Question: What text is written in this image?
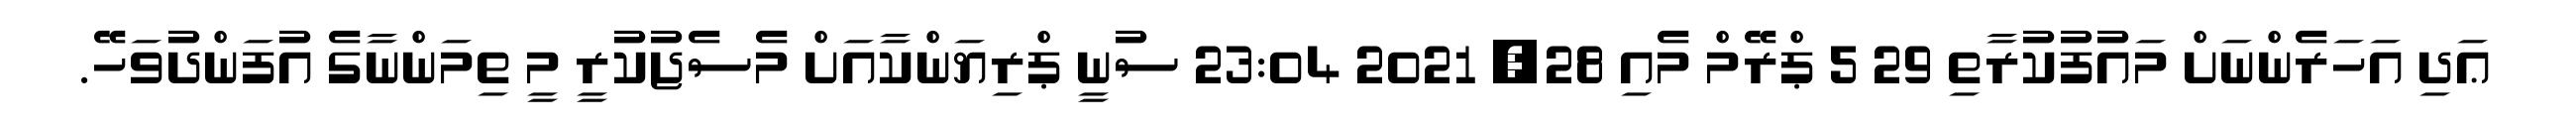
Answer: ޢަދި އަހަރެންނަށް މައުފުކުރާތި 29 5 ޕްރޭމް މެއި 28, 2021 23:04 ސުނީ ޕްރިޔަންކާއަށް މެސެޖުކުރީ މީ ތިމަންނާގެ އުފަންދުވަހޭ.